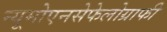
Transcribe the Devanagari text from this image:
न्यूमोएनसेफेलोग्राफी